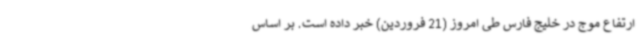
ارتفاع موج در خلیج فارس طی امروز (21 فروردین) خبر داده است. بر اساس